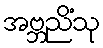
အဗ္ဘညိံသု